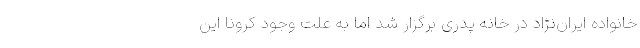
خانواده ایران‌نژاد در خانه پدری برگزار شد اما به علت وجود کرونا این